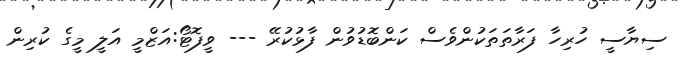
ސިޔާސީ ހުރިހާ ފަރާތަތަކުންވެސް ކަންބޮޑުވުން ފާޅުކުރޭ --- ވީފޮޓޯ:އަޒްމީ އަލީ މީގެ ކުރިން